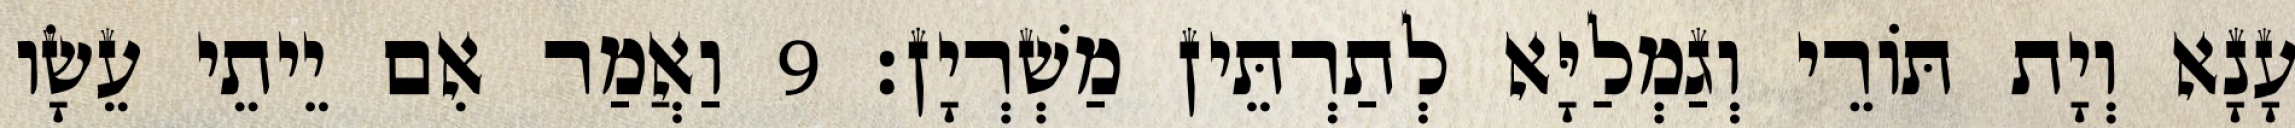
עָנָא וְיָת תּוֹרֵי וְגַמְלַיָּא לְתַרְתֵּין מַשְׁרְיָן׃ 9 וַאֲמַר אִם יֵיתֵי עֵשָׂו